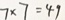
7 \times 7 = 4 9